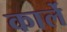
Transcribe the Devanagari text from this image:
कार्ले